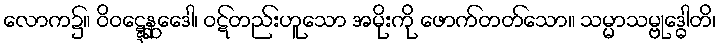
လောက၌။ ဝိဝဋ္ဋေန္ဆေဒေါ၊ ဝဋ်တည်းဟူသော အမိုးကို ဖောက်တတ်သော။ သမ္မာသမ္ဗုဒ္ဓေါတိ၊